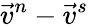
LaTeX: \vec{v}^{n}-\vec{v}^{s}